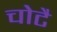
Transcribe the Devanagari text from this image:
चोटै